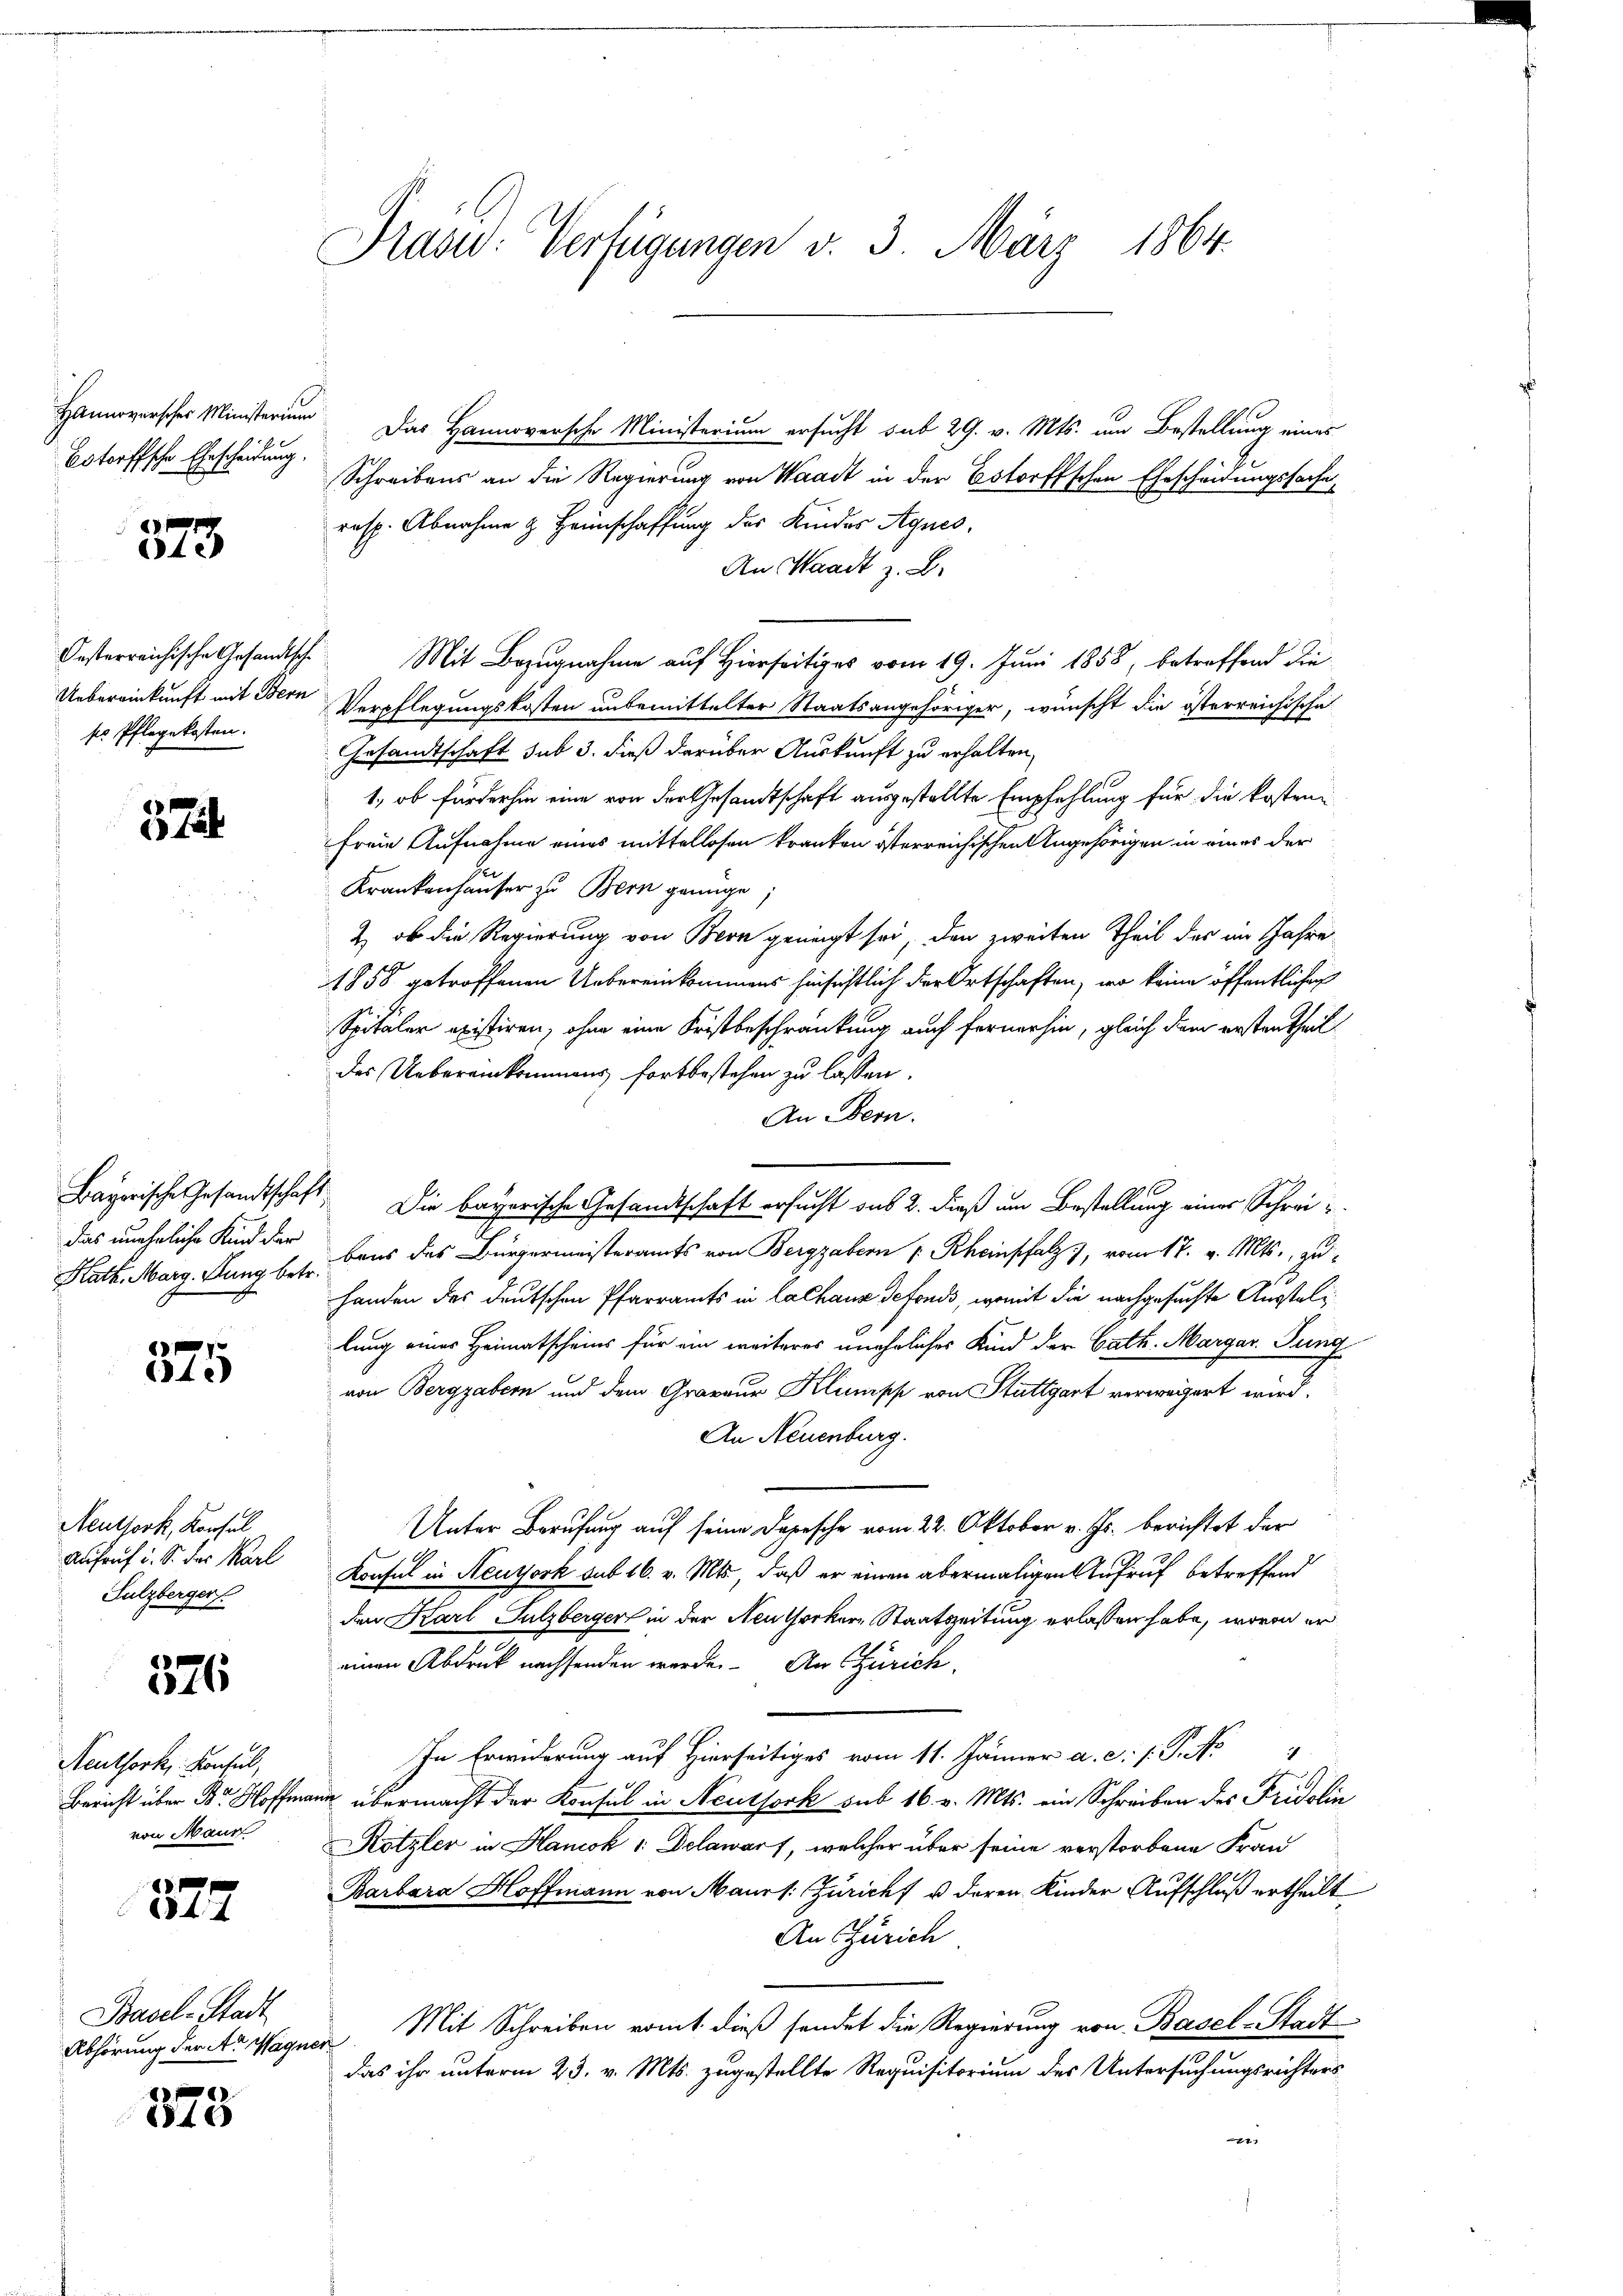
Hannoverscher Ministerium
Botorffsche Ehescheidung.

x
te

Oesterreichische Gesandtsche
se Pflegekosten.

3 Jul

das uneheliche Kind der

1
34.

Neuthork, Konsul
Aufruf u. S. der Karl
Sulzberger

Neuthork, Konseil,
Bericht über Dr Hoffma
von Maur

576

377

Basel-Stadt
Abhörung der A. Wagn

375

Prasid: Verfügungen v. 3. März 1864.

Das Hannoversche Ministerium ersucht sub 29. v. Mts. um Bestellung einer
Schreibens an die Regierung von Waadt in der Estorffschen Ehescheidungssache,
resp. Abnahme & Heimschaffung des Kinder Agnes,
An Waadt z. B.
Mit Bezugnahme auf Hierseitiges vom 19. Juni 1858, betreffend die
Uebereinkunft mit Bern Verpflegungskosten unbemittelter Staatsangehöriger, wünscht die österreichische
Gesandtschaft sub 3. dieß darüber Auskunft zu erhalten,
1, ob fürderhin eine von der Gesandtschaft ausgestellte Empfehlung für die kostenfreie Aufnahme eines mittellosen kranken österreichischen Angehörigen in eines der
Krankenhauser zu Bern genüge
& ob die Regierung von Bern geneigt sei, den zweiten Theil der im Jahre
1858 getroffenen Uebereinkommens hinsichtlich der Ortschaften, wo keine öffentlichen
Spitäler existiren, ohne eine Fristbeschränkung auch fernerhin, gleich dem ersten theildes Uebereinkommens fortbestehen zu lassen.
An Bern.
Bayerische Gesandtschaft. Die bayerische Gesandtschaft ersucht aus 2. dieß um Bestellung einer Schrei¬
Kath. Marg. Flung bes. Dans das Bürgermeisteramts von Berggabern v. Rheinschatz), vom 17. v. Mts., zu¬
Handen des deutschen Pfarramts in Lachaus detonds, womit die nachgesuchte Ausstellung eines Heimatscheins für ein weiteres uneheliches Kind der Cath. Margar. Jung
von Berggabern und dem Graveur Klumpf von Stuttgart verweigert wird.
An Neuenburg.
Unter Berufung auf seine Depesche vom 22. Oktober v. Js. berichtet der
Konsul in Neuthork sub 16. v. Mts., daß er einen abermaligen Aufruf betreffend
den Karl Sulzberger in der Neuthocker, Staatszeitung erlassen habe, wovon er
einen Abdruck nachsenden werde. An Zürich,
In Erwiderung auf Hierseitiges vom 11. Jänner a. c. s. P. No
au übermacht der Konsul in Neuthork sub 16 v. Mts. ein Schreiben des Fridolin
Kötzler in Hanok 1: Delawarf, welcher über seine verstorbene Frau
Barbara Hoffmann von Maurs: Züricht u deren Kinder Aufschluß ertheilt
An Zürich
Mit Schreiben vomt dieß sendet die Regierung von Basel-Stadt
t
das ihr unterm 23. v. Mts. zugestellte Requisitorium des Untersuchungsrichters
1